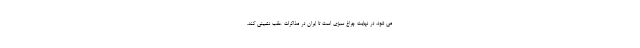
می شود، در نهایت چراغ سبزی است تا ایران در مذاکرات عقب نشینی کند.